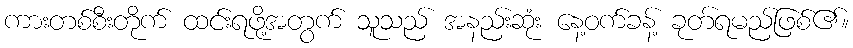
ကားတစ်စီးတိုက် ထင်းရဖို့အတွက် သူသည် အနည်းဆုံး နေ့ဝက်ခန့် ခုတ်ရမည်ဖြစ်၏။